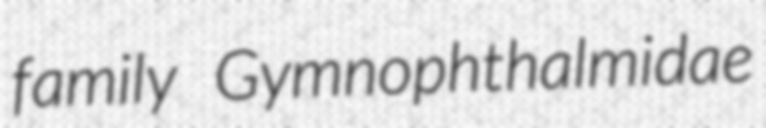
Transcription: family Gymnophthalmidae